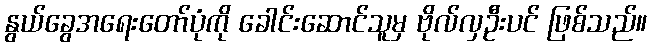
နွယ်ခွေအရေးတော်ပုံကို ခေါင်းဆောင်သူမှ ဗိုလ်လှဦးပင် ဖြစ်သည်။